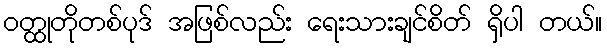
ဝတ္ထုတိုတစ်ပုဒ် အဖြစ်လည်း ရေးသားချင်စိတ် ရှိပါ တယ်။